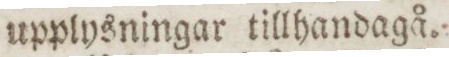
upplysningar tillhandagå.